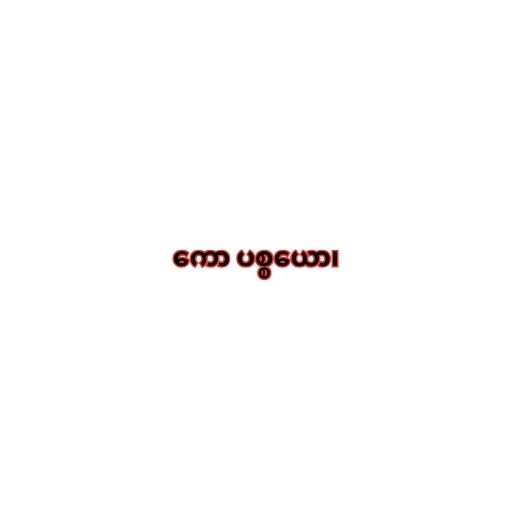
ကော ပစ္စယော၊